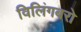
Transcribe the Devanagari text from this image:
विलिंगबरो